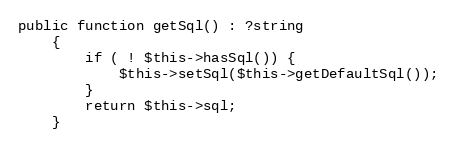
Language: PHP
public function getSql() : ?string
    {
        if ( ! $this->hasSql()) {
            $this->setSql($this->getDefaultSql());
        }
        return $this->sql;
    }